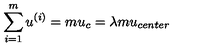
\sum _ { i = 1 } ^ { m } u ^ { ( i ) } = m u _ { c } = \lambda m u _ { c e n t e r }